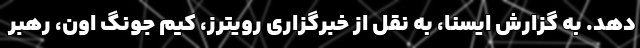
دهد. به گزارش ایسنا، به نقل از خبرگزاری رویترز، کیم جونگ اون،‌ رهبر